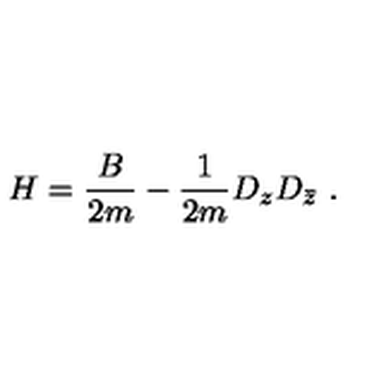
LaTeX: H = \frac { B } { 2 m } - \frac { 1 } { 2 m } D _ { z } D _ { \bar { z } } \ .